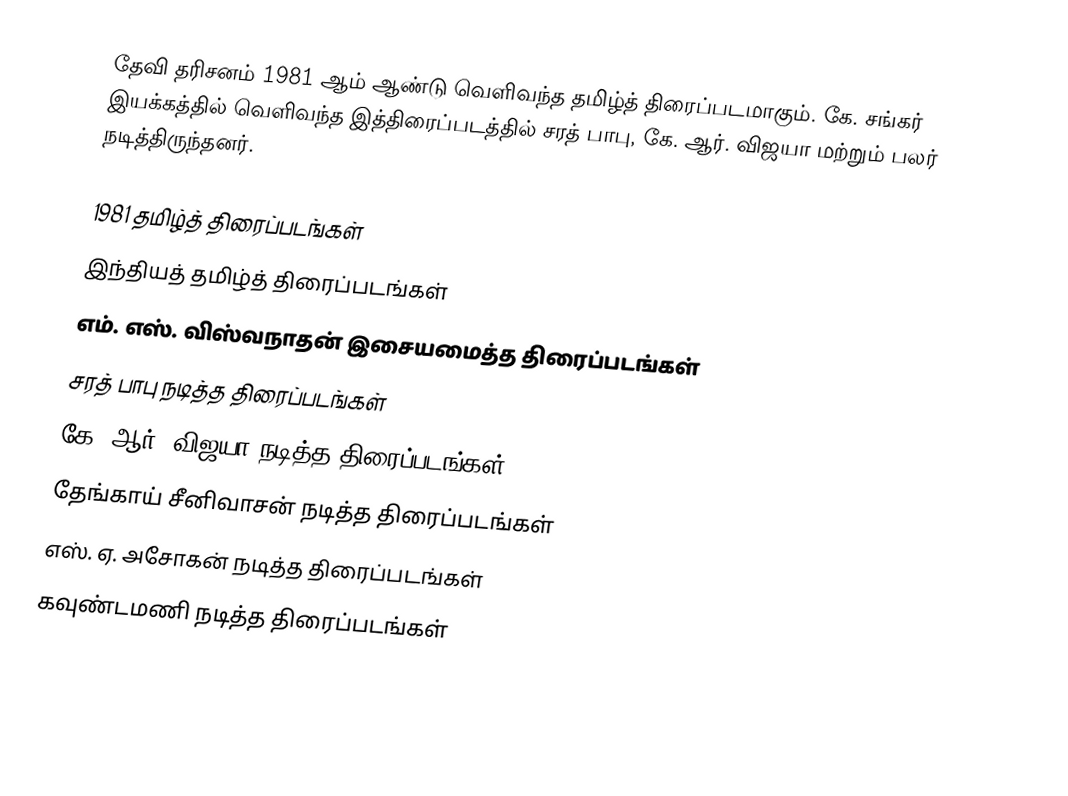
தேவி தரிசனம் 1981 ஆம் ஆண்டு வெளிவந்த தமிழ்த் திரைப்படமாகும். கே. சங்கர் இயக்கத்தில் வெளிவந்த இத்திரைப்படத்தில் சரத் பாபு, கே. ஆர். விஜயா மற்றும் பலர் நடித்திருந்தனர்.

1981 தமிழ்த் திரைப்படங்கள்
இந்தியத் தமிழ்த் திரைப்படங்கள்
எம். எஸ். விஸ்வநாதன் இசையமைத்த திரைப்படங்கள்
சரத் பாபு நடித்த திரைப்படங்கள்
கே. ஆர். விஜயா நடித்த திரைப்படங்கள்
தேங்காய் சீனிவாசன் நடித்த திரைப்படங்கள்
எஸ். ஏ. அசோகன் நடித்த திரைப்படங்கள்
கவுண்டமணி நடித்த திரைப்படங்கள்